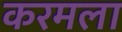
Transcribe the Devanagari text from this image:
करमला